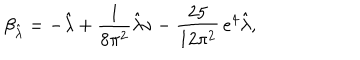
\beta _ { \hat { \lambda } } = - \hat { \lambda } + \frac { 1 } { 8 \pi ^ { 2 } } \hat { \lambda } \nu - \frac { 2 5 } { 1 2 \pi ^ { 2 } } \, e ^ { 4 } \hat { \lambda } ,